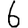
Digit: 6